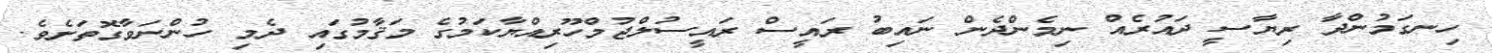
ހިނގަމުންދާ ރިޔާސީ ދައުރެއް ނިމެންދެން ނައިބު ރައީސް ރައީސުލްޖުމްހޫރިއްޔާކަމުގެ މަޤާމުގައި ދެމި ހުންނަވާގޮތަށެވެ.